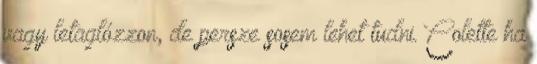
vagy letaglózzon, de persze sosem lehet tudni. Colette ha